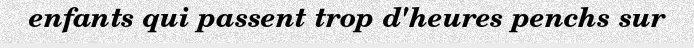
enfants qui passent trop d'heures penchs sur